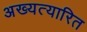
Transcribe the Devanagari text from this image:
अख्यत्यारित